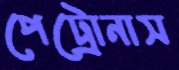
পেট্রোনাস